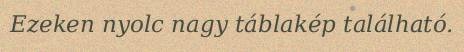
Ezeken nyolc nagy táblakép található.